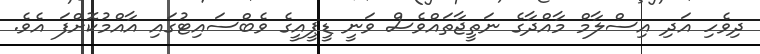
ދިވެހި އަދި އިސްލާމް މާއްދާގެ ނަތީޖާތައްވެސް ވަނީ ޑީޕީއީގެ ވެބްސައިޓުގައި އާއްމުކޮށްފަ އެވެ.